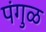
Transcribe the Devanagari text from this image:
पंगुळ